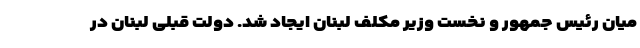
میان رئیس جمهور و نخست وزیر مکلف لبنان ایجاد شد. دولت قبلی لبنان در